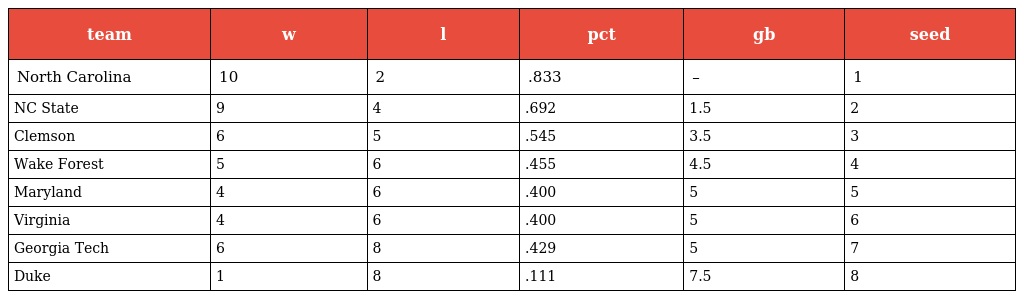
| team | w | l | pct | gb | seed |
 | --- | --- | --- | --- | --- | --- |
 | North Carolina | 10 | 2 | .833 | – | 1 |
 | NC State | 9 | 4 | .692 | 1.5 | 2 |
 | Clemson | 6 | 5 | .545 | 3.5 | 3 |
 | Wake Forest | 5 | 6 | .455 | 4.5 | 4 |
 | Maryland | 4 | 6 | .400 | 5 | 5 |
 | Virginia | 4 | 6 | .400 | 5 | 6 |
 | Georgia Tech | 6 | 8 | .429 | 5 | 7 |
 | Duke | 1 | 8 | .111 | 7.5 | 8 |